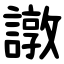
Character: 譈